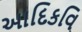
આદિકવિ